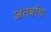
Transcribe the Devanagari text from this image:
अंतर्बाधा